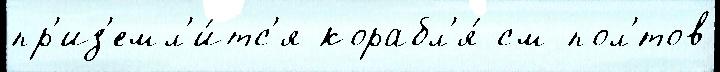
пр'из'емл'и́тс'я корабл'я́ см пол'́тов